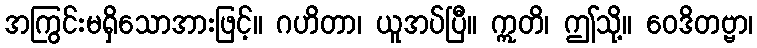
အကြွင်းမရှိသောအားဖြင့်။ ဂဟိတာ၊ ယူအပ်ပြီ။ ဣတိ၊ ဤသို့။ ဝေဒိတဗ္ဗာ၊